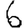
Digit: 6